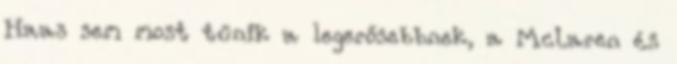
Haas sem most tűnik a legerősebbnek, a McLaren és